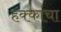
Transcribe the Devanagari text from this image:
हक्‍कांचा